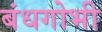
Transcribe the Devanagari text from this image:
बंधगोभी